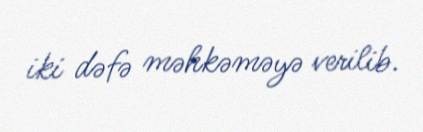
iki dəfə məhkəməyə verilib.